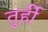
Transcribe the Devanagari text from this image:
तुर्ही